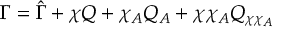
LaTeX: \Gamma = \hat { \Gamma } + \chi Q + \chi _ { A } Q _ { A } + \chi \chi _ { A } Q _ { \chi \chi _ { A } }